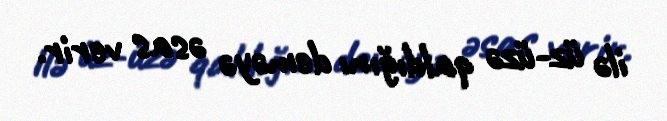
ilə üz-üzə qaldığını deməyə əsas verir.